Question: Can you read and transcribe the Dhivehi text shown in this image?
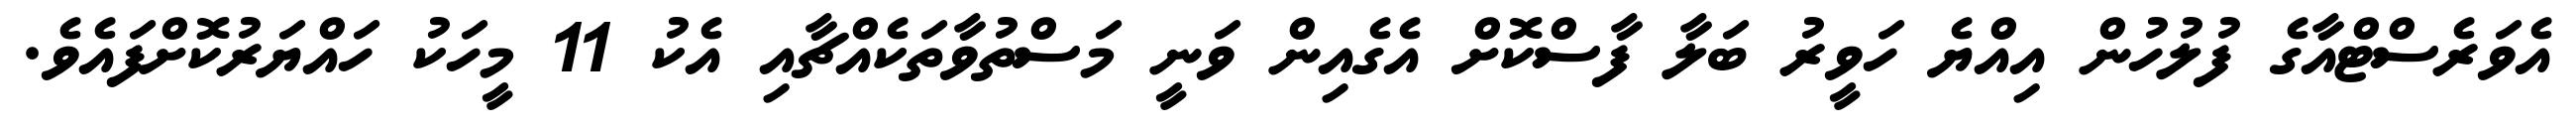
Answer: އެވަރެސްޓްއާގެ ފުލުހުން އިއްޔެ ހަވީރު ބަލާ ފާސްކޮށް އެގެއިން ވަނީ މަސްތުވާތަކެއްޗާއި އެކު 11 މީހަކު ހައްޔަރުކޮށްފައެވެ.